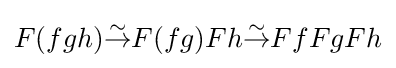
F(fgh){\overset {\sim }{\to }}F(fg)Fh{\overset {\sim }{\to }}FfFgFh